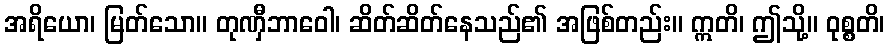
အရိယော၊ မြတ်သော။ တုဏှီဘာဝေါ၊ ဆိတ်ဆိတ်နေသည်၏ အဖြစ်တည်း။ ဣတိ၊ ဤသို့။ ဝုစ္စတိ၊